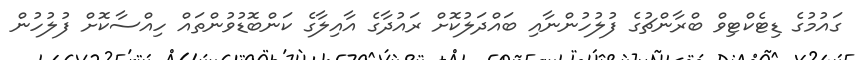
ގައުމުގެ ޑިޓެކްޓިވް ބްރާންޗުގެ ފުލުހުންނާއި ބައްދަލުކޮށް ރައުދާގެ އާއިލާގެ ކަންބޮޑުވުންތައް ހިއްސާކޮށް ފުލުހުން